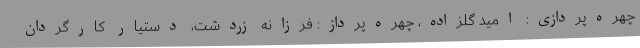
چهره‌پردازی: امید گلزاده، چهره‌پرداز: فرزانه زردشت، دستیار کارگردان